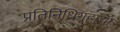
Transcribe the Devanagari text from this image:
प्रतिनिधिगृहाचा